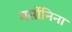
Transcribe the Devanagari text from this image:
मर्सोनिना